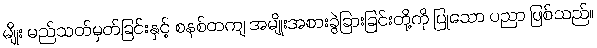
မျိုး မည်သတ်မှတ်ခြင်းနှင့် စနစ်တကျ အမျိုးအစားခွဲခြားခြင်းတို့ကို ပြုသော ပညာ ဖြစ်သည်။